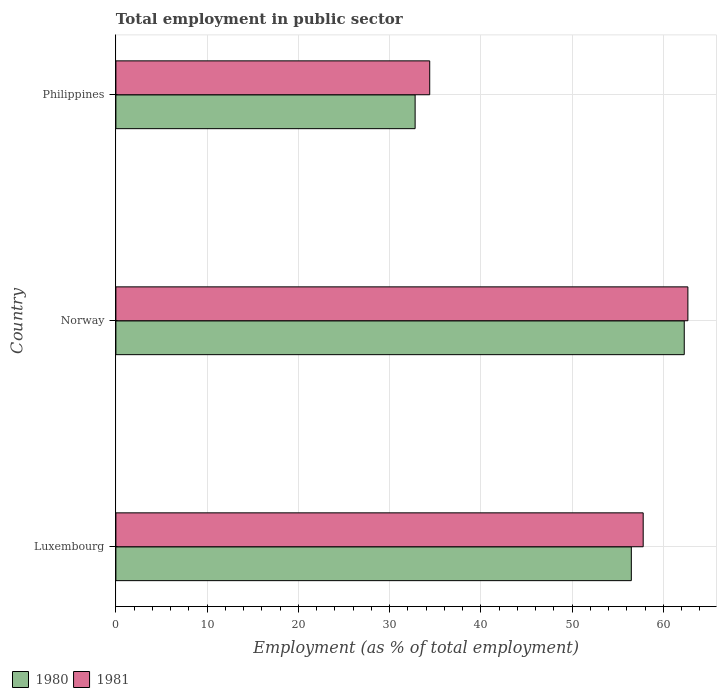
| Country | 1980 | 1981 |
 | --- | --- | --- |
 | Luxembourg | 56.5 | 57.8 |
 | Norway | 62.3 | 62.7 |
 | Philippines | 32.8 | 34.4 |